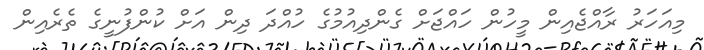
މިއަހަރު ރާއްޖެއިން މީހުން ހައްޖަށް ގެންދިއުމުގެ ހުއްދަ ދިން އަށް ކުންފުނީގެ ތެރެއިން